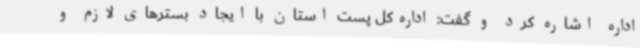
اداره اشاره کرد و گفت: اداره‌کل پست استان با ایجاد بسترهای لازم و